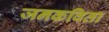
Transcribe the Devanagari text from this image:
जनकविता